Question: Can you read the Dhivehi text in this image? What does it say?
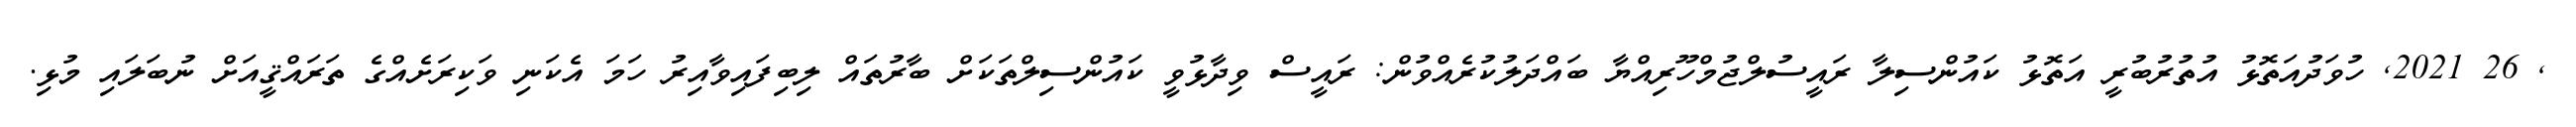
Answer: , 26 2021, ހުވަދުއަތޮޅު އުތުރުބުރީ އަތޮޅު ކައުންސިލާ ރައީސުލްޖުމްހޫރިއްޔާ ބައްދަލުކުރެއްވުން: ރައީސް ވިދާޅުވީ ކައުންސިލްތަކަށް ބާރުތައް ލިބިފައިވާއިރު ހަމަ އެކަނި ވަކިރަށެއްގެ ތަރައްޤީއަށް ނުބަލައި މުޅި.